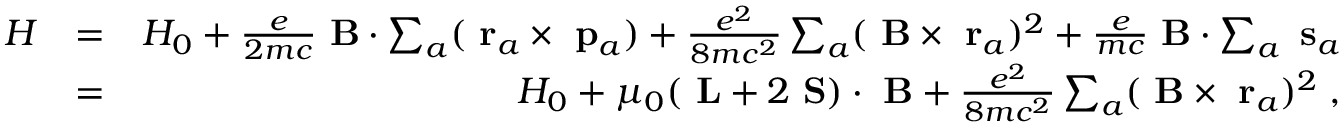
\begin{array} { r l r } { H } & { = } & { H _ { 0 } + \frac { e } { 2 m c } \mathrm { \bf ~ B } \cdot \sum _ { a } ( \mathrm { \bf ~ r } _ { a } \times \mathrm { \bf ~ p } _ { a } ) + \frac { e ^ { 2 } } { 8 m c ^ { 2 } } \sum _ { a } ( \mathrm { \bf ~ B } \times \mathrm { \bf ~ r } _ { a } ) ^ { 2 } + \frac { e } { m c } \mathrm { \bf ~ B } \cdot \sum _ { a } \mathrm { \bf ~ s } _ { a } } \\ & { = } & { H _ { 0 } + \mu _ { 0 } ( \mathrm { \bf ~ L } + 2 \mathrm { \bf ~ S } ) \cdot \mathrm { \bf ~ B } + \frac { e ^ { 2 } } { 8 m c ^ { 2 } } \sum _ { a } ( \mathrm { \bf ~ B } \times \mathrm { \bf ~ r } _ { a } ) ^ { 2 } \; , } \end{array}